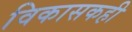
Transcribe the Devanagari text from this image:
विकासकही